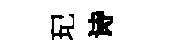
玘诗